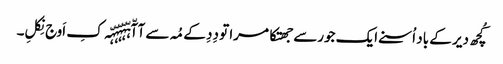
کُچھ دیر کے باد اُسنے ایک جورسے جھتکا مرا تو دِدِ کے مُہ سے آآّہّہّہّہّہّہ کِ اَوج نِکلِ۔